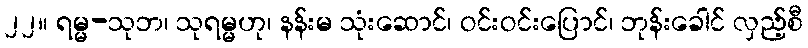
၂၂။ ရမ္မ-သုဘ၊ သုရမ္မဟု၊ နန်းမ သုံးဆောင်၊ ဝင်းဝင်းပြောင်၊ ဘုန်းခေါင် လှည့်စီ